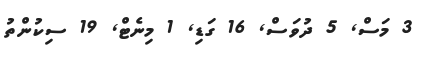
3 މަސް